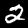
Label: 2